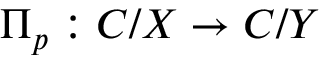
\Pi _ { p } : C / X \to C / Y